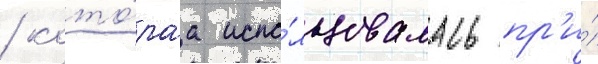
/ кото́раа испо́льзовалась пр'и́